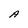
Character: A